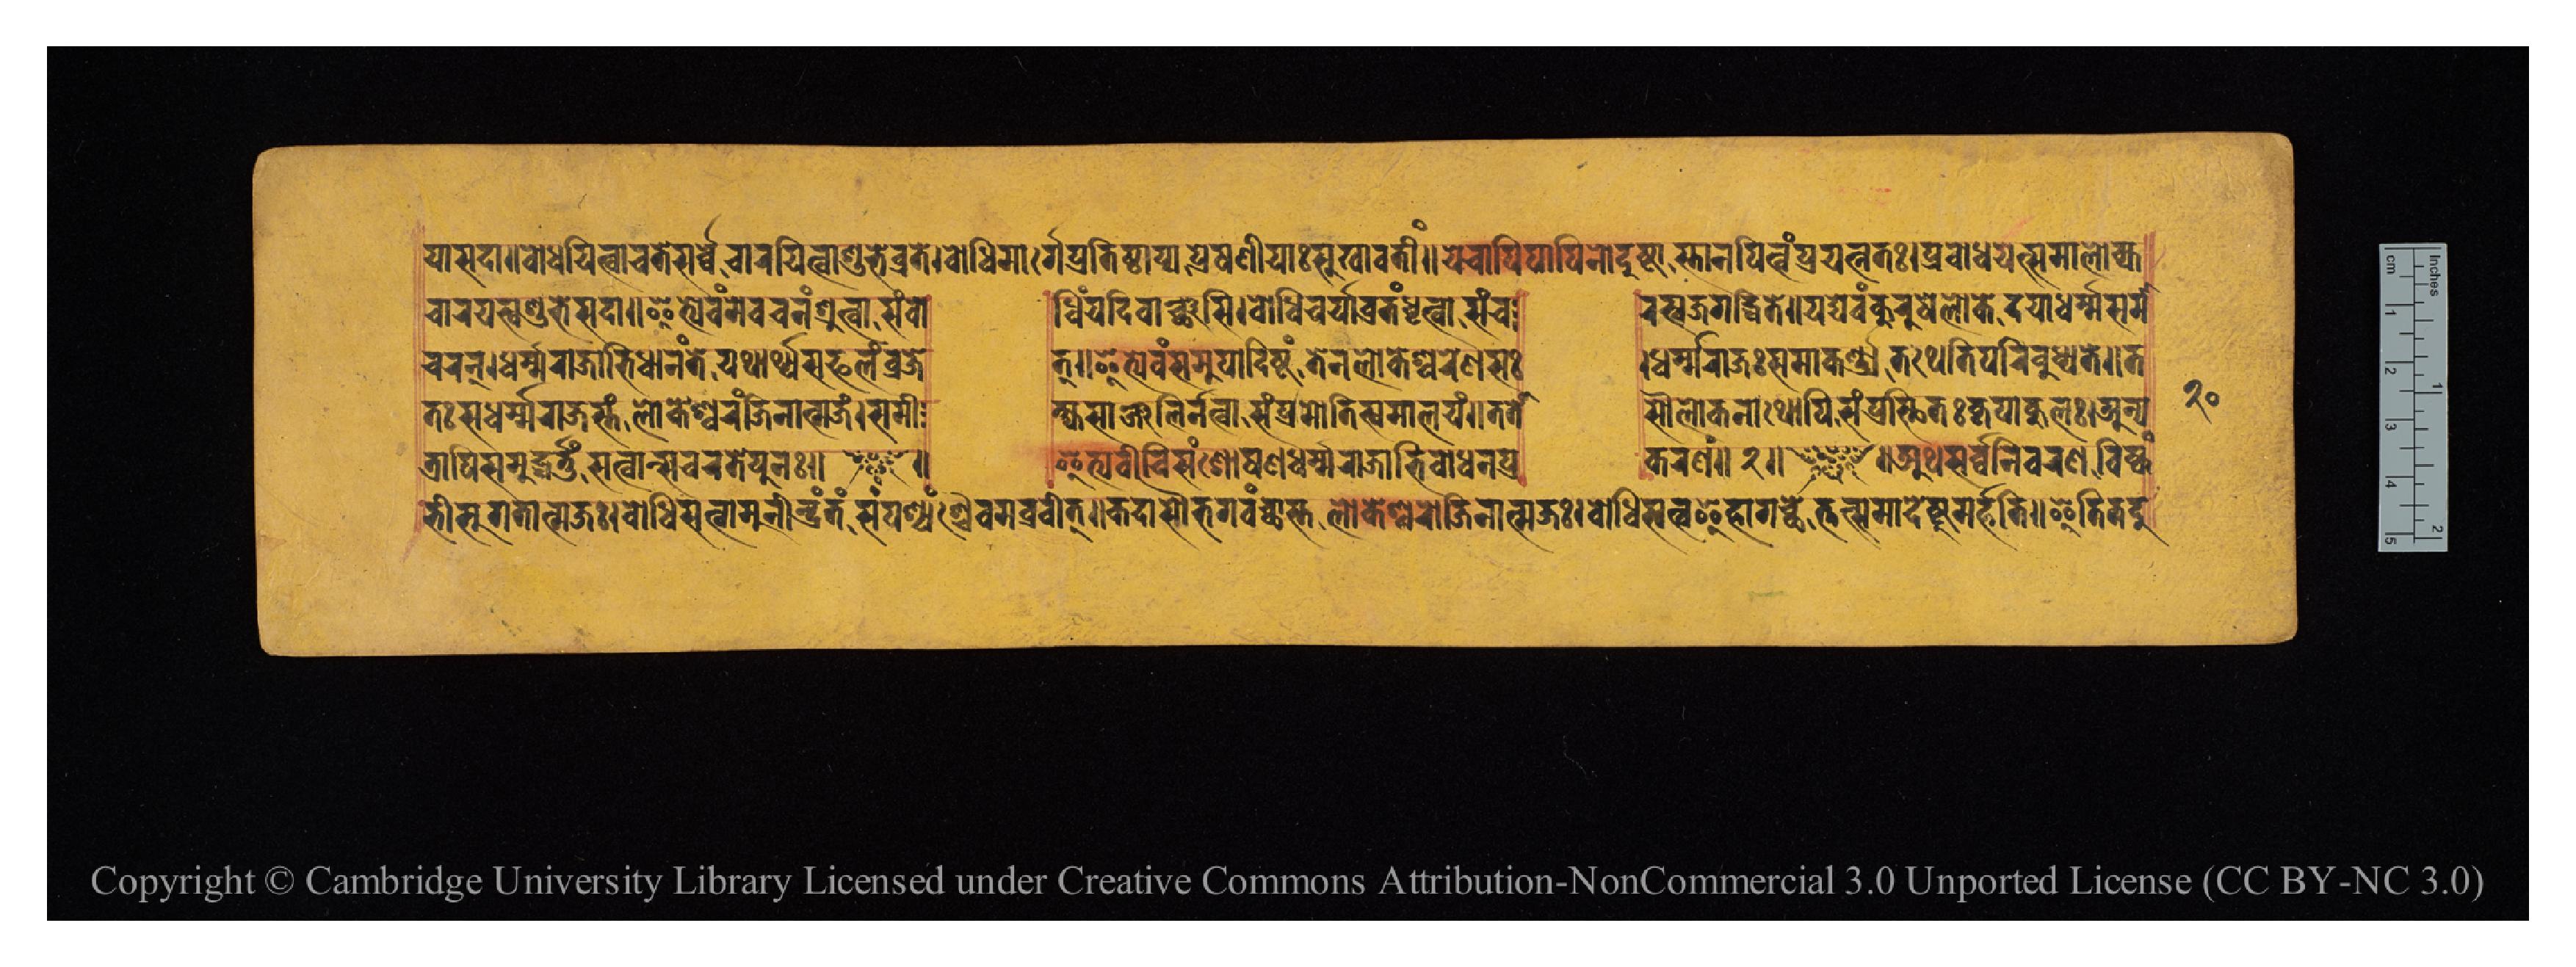
𑐫𑐵𑐳𑐡𑐵𑑌𑐧𑑀𑐢𑐫𑐶𑐟𑑂𑐰𑐵𑐳𑐩𑐵𑐮𑑀𑐎𑑂𑐫𑐥𑐵𑐮𑐣𑐷𑐫𑐵𑐳𑑂𑐟𑑂𑐰𑐵𑐫𑑂𑐬𑐳𑐡𑐵𑑌𑐧𑑀𑐢𑐫𑐶𑐟𑑂𑐰𑐵𑐔𑐟𑐾𑐳𑐬𑑂𑐰𑑂𑐰𑐾𑐔𑐵𑐬𑐫𑐶𑐟𑑂𑐰𑐵𑐱𑐸𑐨𑐾𑐰𑑂𑐬𑐟𑐾𑑋𑐧𑑀𑐢𑐶𑐩𑐵𑐬𑑂𑐐𑐾𑐥𑑂𑐬𑐟𑐶𑐲𑑂𑐛𑐵𑐥𑑂𑐫𑐥𑑂𑐬𑐾𑐲𑐞𑐷𑐫𑐵𑑅𑐳𑐸𑐏𑐵𑐰𑐟𑐷𑑄𑑌𑐫𑐾𑐔𑐵𑐥𑐶𑐥𑐵𑐥𑐶𑐣𑑀𑐡𑐸𑐲𑑂𑐚𑐵𑐳𑑂𑐟𑐵𑐣𑐥𑐶𑐟𑑂𑐰𑑄𑐥𑑂𑐬𑐫𑐟𑑂𑐣𑐟𑑅𑑋𑐥𑑂𑐬𑐧𑑀𑐢𑐫𑐳𑐩𑐵𑐮𑑀𑐎𑑂𑐫 𑐔𑐵𑐬𑐫𑐳𑑂𑐰𑐱𑐸𑐨𑐾𑐳𑐡𑐵𑑌𑐂𑐟𑑂𑐫𑐾𑐰𑑄𑐩𑐾𑐰𑐔𑐣𑑄𑐱𑑂𑐬𑐸𑐟𑑂𑐰𑐵𑐳𑑄𑐧𑑀  𑐢𑐶𑑄𑐫𑐡𑐶𑐰𑐵𑐘𑑂𑐕𑐳𑐶𑑋𑐧𑑀𑐢𑐶𑐔𑐬𑑂𑐫𑐵𑐰𑑂𑐬𑐟𑑄𑐢𑐺𑐟𑑂𑐰𑐵𑐳𑑄𑐔  𑐬𑐳𑑂𑐰𑐖𑐐𑐡𑑂𑐢𑐶𑐟𑐾𑑌𑐫𑐡𑑂𑐫𑐾𑐰𑑄𑐎𑐸𑐬𑐸𑐲𑐾𑐮𑑀𑐎𑐾𑐡𑐫𑐵𑐢𑐬𑑂𑐩𑑂𑐩𑐳𑐩𑐵 𑐔𑐬𑐣𑑂𑑋𑐢𑐬𑑂𑐩𑑂𑐩𑐬𑐵𑐖𑐵𑐨𑐶𑐢𑐵𑐣𑑄𑐟𑐾𑐫𑐠𑐵𑐬𑑂𑐠𑑂𑐫𑐳𑐦𑐮𑑄𑐰𑑂𑐬𑐖𑐾  𑐟𑑂𑑌𑐂𑐟𑑂𑐫𑐾𑐰𑑄𑐳𑐩𑐸𑐥𑐵𑐡𑐶𑐲𑑂𑐚𑑄𑐟𑐾𑐣𑐮𑑀𑐎𑐾𑐱𑑂𑐰𑐬𑐾𑐞𑐳𑑅  𑑋𑐢𑐬𑑂𑐩𑑂𑐩𑐬𑐵𑐖𑑅𑐳𑐩𑐵𑐎𑐬𑑂𑐞𑑂𑐫𑐟𑐠𑐾𑐟𑐶𑐥𑐬𑐶𑐧𑐸𑐢𑑂𑐫𑐟𑐾𑑌𑐟 𑐟𑑅𑐳𑐢𑐬𑑂𑐩𑑂𑐩𑐬𑐵𑐖𑐳𑑂𑐟𑑄𑐮𑑀𑐎𑐾𑐱𑑂𑐰𑐬𑐖𑐶𑐣𑐵𑐟𑑂𑐩𑐖𑑄𑑋𑐳𑐩𑐷  𑐎𑑂𑐲𑑂𑐫𑐳𑐵𑐘𑑂𑐖𑐮𑐶𑐬𑑂𑐣𑐟𑑂𑐰𑐵𑐳𑑄𑐥𑑂𑐬𑐫𑐵𑐟𑐶𑐳𑑂𑐰𑐩𑐵𑐮𑐫𑑄𑑌𑐟𑐟𑑀  𑐳𑑁𑐮𑑀𑐎𑐣𑐵𑐠𑑀𑐥𑐶𑐳𑑄𑐥𑑂𑐬𑐳𑑂𑐠𑐶𑐟𑐶𑐎𑐺𑐥𑐵𑐎𑐸𑐮𑑅𑑋𑐀𑐣𑑂𑐫 𑐟𑑂𑐬𑐵𑐥𑐶𑐳𑐩𑐸𑐡𑑂𑐢𑐬𑑂𑐟𑐸𑑄𑐳𑐟𑑂𑐰𑐵𑐣𑑂𑐳𑐘𑑂𑐔𑐬𑐟𑐾𑐥𑐸𑐣𑑅𑑋 ~ 𑑌  𑐂𑐟𑑂𑐫𑐰𑐷𑐔𑐶𑐳𑑄𑐱𑑀𑐲𑐞𑐢𑐬𑑂𑐩𑑂𑐩𑐬𑐵𑐖𑐵𑐨𑐶𑐧𑑀𑐢𑐣𑐥𑑂𑐬     𑐎𑐬𑐞𑑄𑑌 𑑒 𑑌 ~ 𑑌𑐀𑐠𑐳𑐬𑑂𑐰𑑂𑐰𑐣𑐷𑐰𑐬𑐞𑐰𑐶𑐲𑑂𑐎𑑄 𑐨𑐷𑐳𑐸𑐐𑐟𑐵𑐟𑑂𑐩𑐖𑑅𑑋𑐧𑑀𑐢𑐶𑐳𑐟𑑂𑐰𑑀𑐩𑐸𑐣𑐷𑐣𑑂𑐡𑑂𑐬𑑄𑐟𑑄𑐳𑑄𑐥𑐱𑑂𑐫𑐘𑑂𑐔𑐿𑐰𑐩𑐧𑑂𑐬𑐰𑐷𑐟𑑂𑑌𑐎𑐡𑐵𑐳𑑁𑐨𑐐𑐰𑐘𑑂𑐕𑐵𑐳𑑂𑐟𑐬𑑂𑐮𑑀𑐎𑐾𑐱𑑂𑐰𑐬𑑀𑐖𑐶𑐣𑐵𑐟𑑂𑐩𑐖𑑅𑑋𑐧𑑀𑐢𑐶𑐳𑐟𑑂𑐰𑐿𑐴𑐵𑐐𑐔𑑂𑐕𑐾𑐟𑑂𑐟𑐟𑑂𑐳𑐩𑐵𑐡𑐾𑐲𑑂𑐚𑐸𑐩𑐬𑑂𑐴𑐟𑐶𑑌𑐂𑐟𑐶𑐟𑐡𑐸 𑑒𑑐